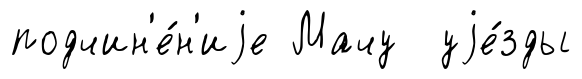
подчин'е́н'иjе Мачу уjе́зды